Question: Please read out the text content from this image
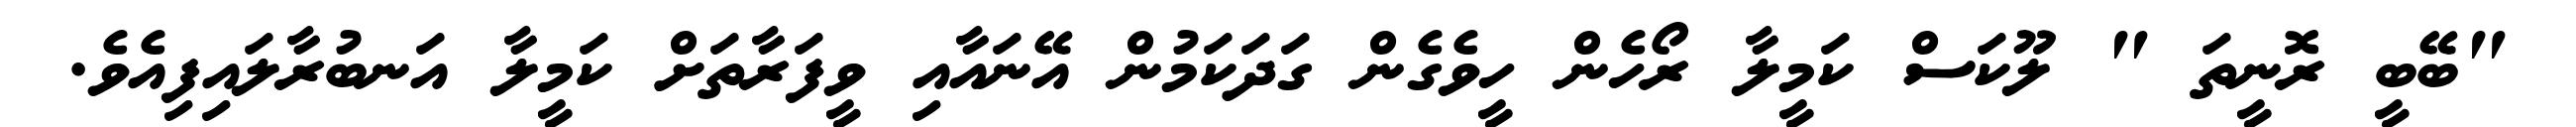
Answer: "ބޭބީ ރޮނީތަ " ލޫކަސް ކަމީލާ ރޯހެން ހީވެގެން ގަދަކަމުން އޭނައާއި ވީފަރާތަށް ކަމީލާ އަނބުރާލައިފިއެވެ.